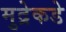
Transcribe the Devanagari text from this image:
मुद्रेकडे